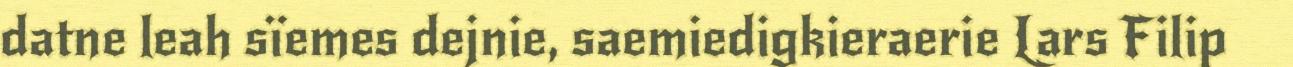
datne leah sïemes dejnie, saemiedigkieraerie Lars Filip